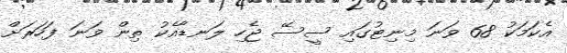
އެކަމަކު 68 ވަނަ މިނިޓުގައި ސީސޭ ޖެހި ލަނޑާއެކު ތިން ވަނަ ފަހަރަށް